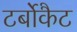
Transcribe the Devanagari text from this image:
टर्बोकैट